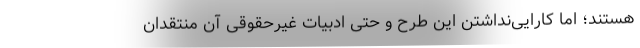
هستند؛ اما کارایی‌نداشتن این طرح و حتی ادبیات غیر‌حقوقی آن منتقدان